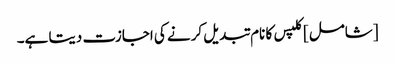
[شامل] کلپس کا نام تبدیل کرنے کی اجازت دیتا ہے۔